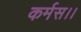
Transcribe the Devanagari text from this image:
कर्मस।।